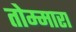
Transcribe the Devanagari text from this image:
तोम्मारा